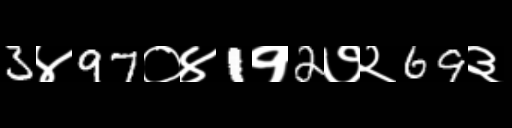
Text: 3४97०४1१2७२69३